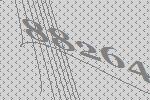
88264